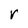
Character: r